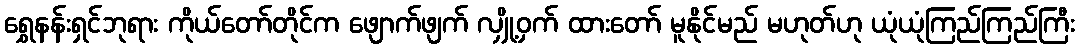
ရွှေနန်းရှင်ဘုရား ကိုယ်တော်တိုင်က ဖျောက်ဖျက် လျှို့ဝှက် ထားတော် မူနိုင်မည် မဟုတ်ဟု ယုံယုံကြည်ကြည်ကြီး